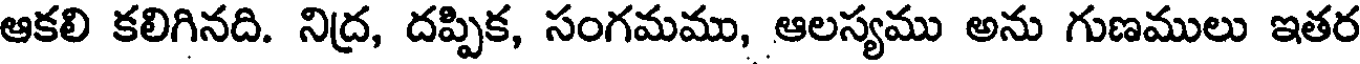
ఆకలి కలిగినది. నిద్ర, దప్పిక, సంగమము, ఆలస్యము అను గుణములు ఇతర